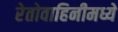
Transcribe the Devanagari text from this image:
रेतोवाहिनीमध्ये